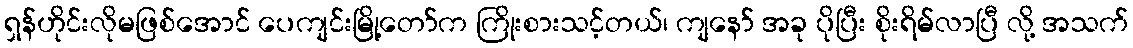
ရှန်ဟိုင်းလိုမဖြစ်အောင် ပေကျင်းမြို့တော်က ကြိုးစားသင့်တယ်၊ ကျနော် အခု ပိုပြီး စိုးရိမ်လာပြီ လို့ အသက်